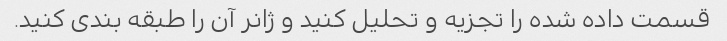
قسمت داده شده را تجزیه و تحلیل کنید و ژانر آن را طبقه بندی کنید.